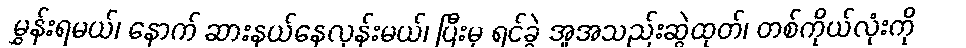
မွှန်းရမယ်၊ နောက် ဆားနယ်နေလှန်းမယ်၊ ပြီးမှ ရင်ခွဲ အူအသည်းဆွဲထုတ်၊ တစ်ကိုယ်လုံးကို